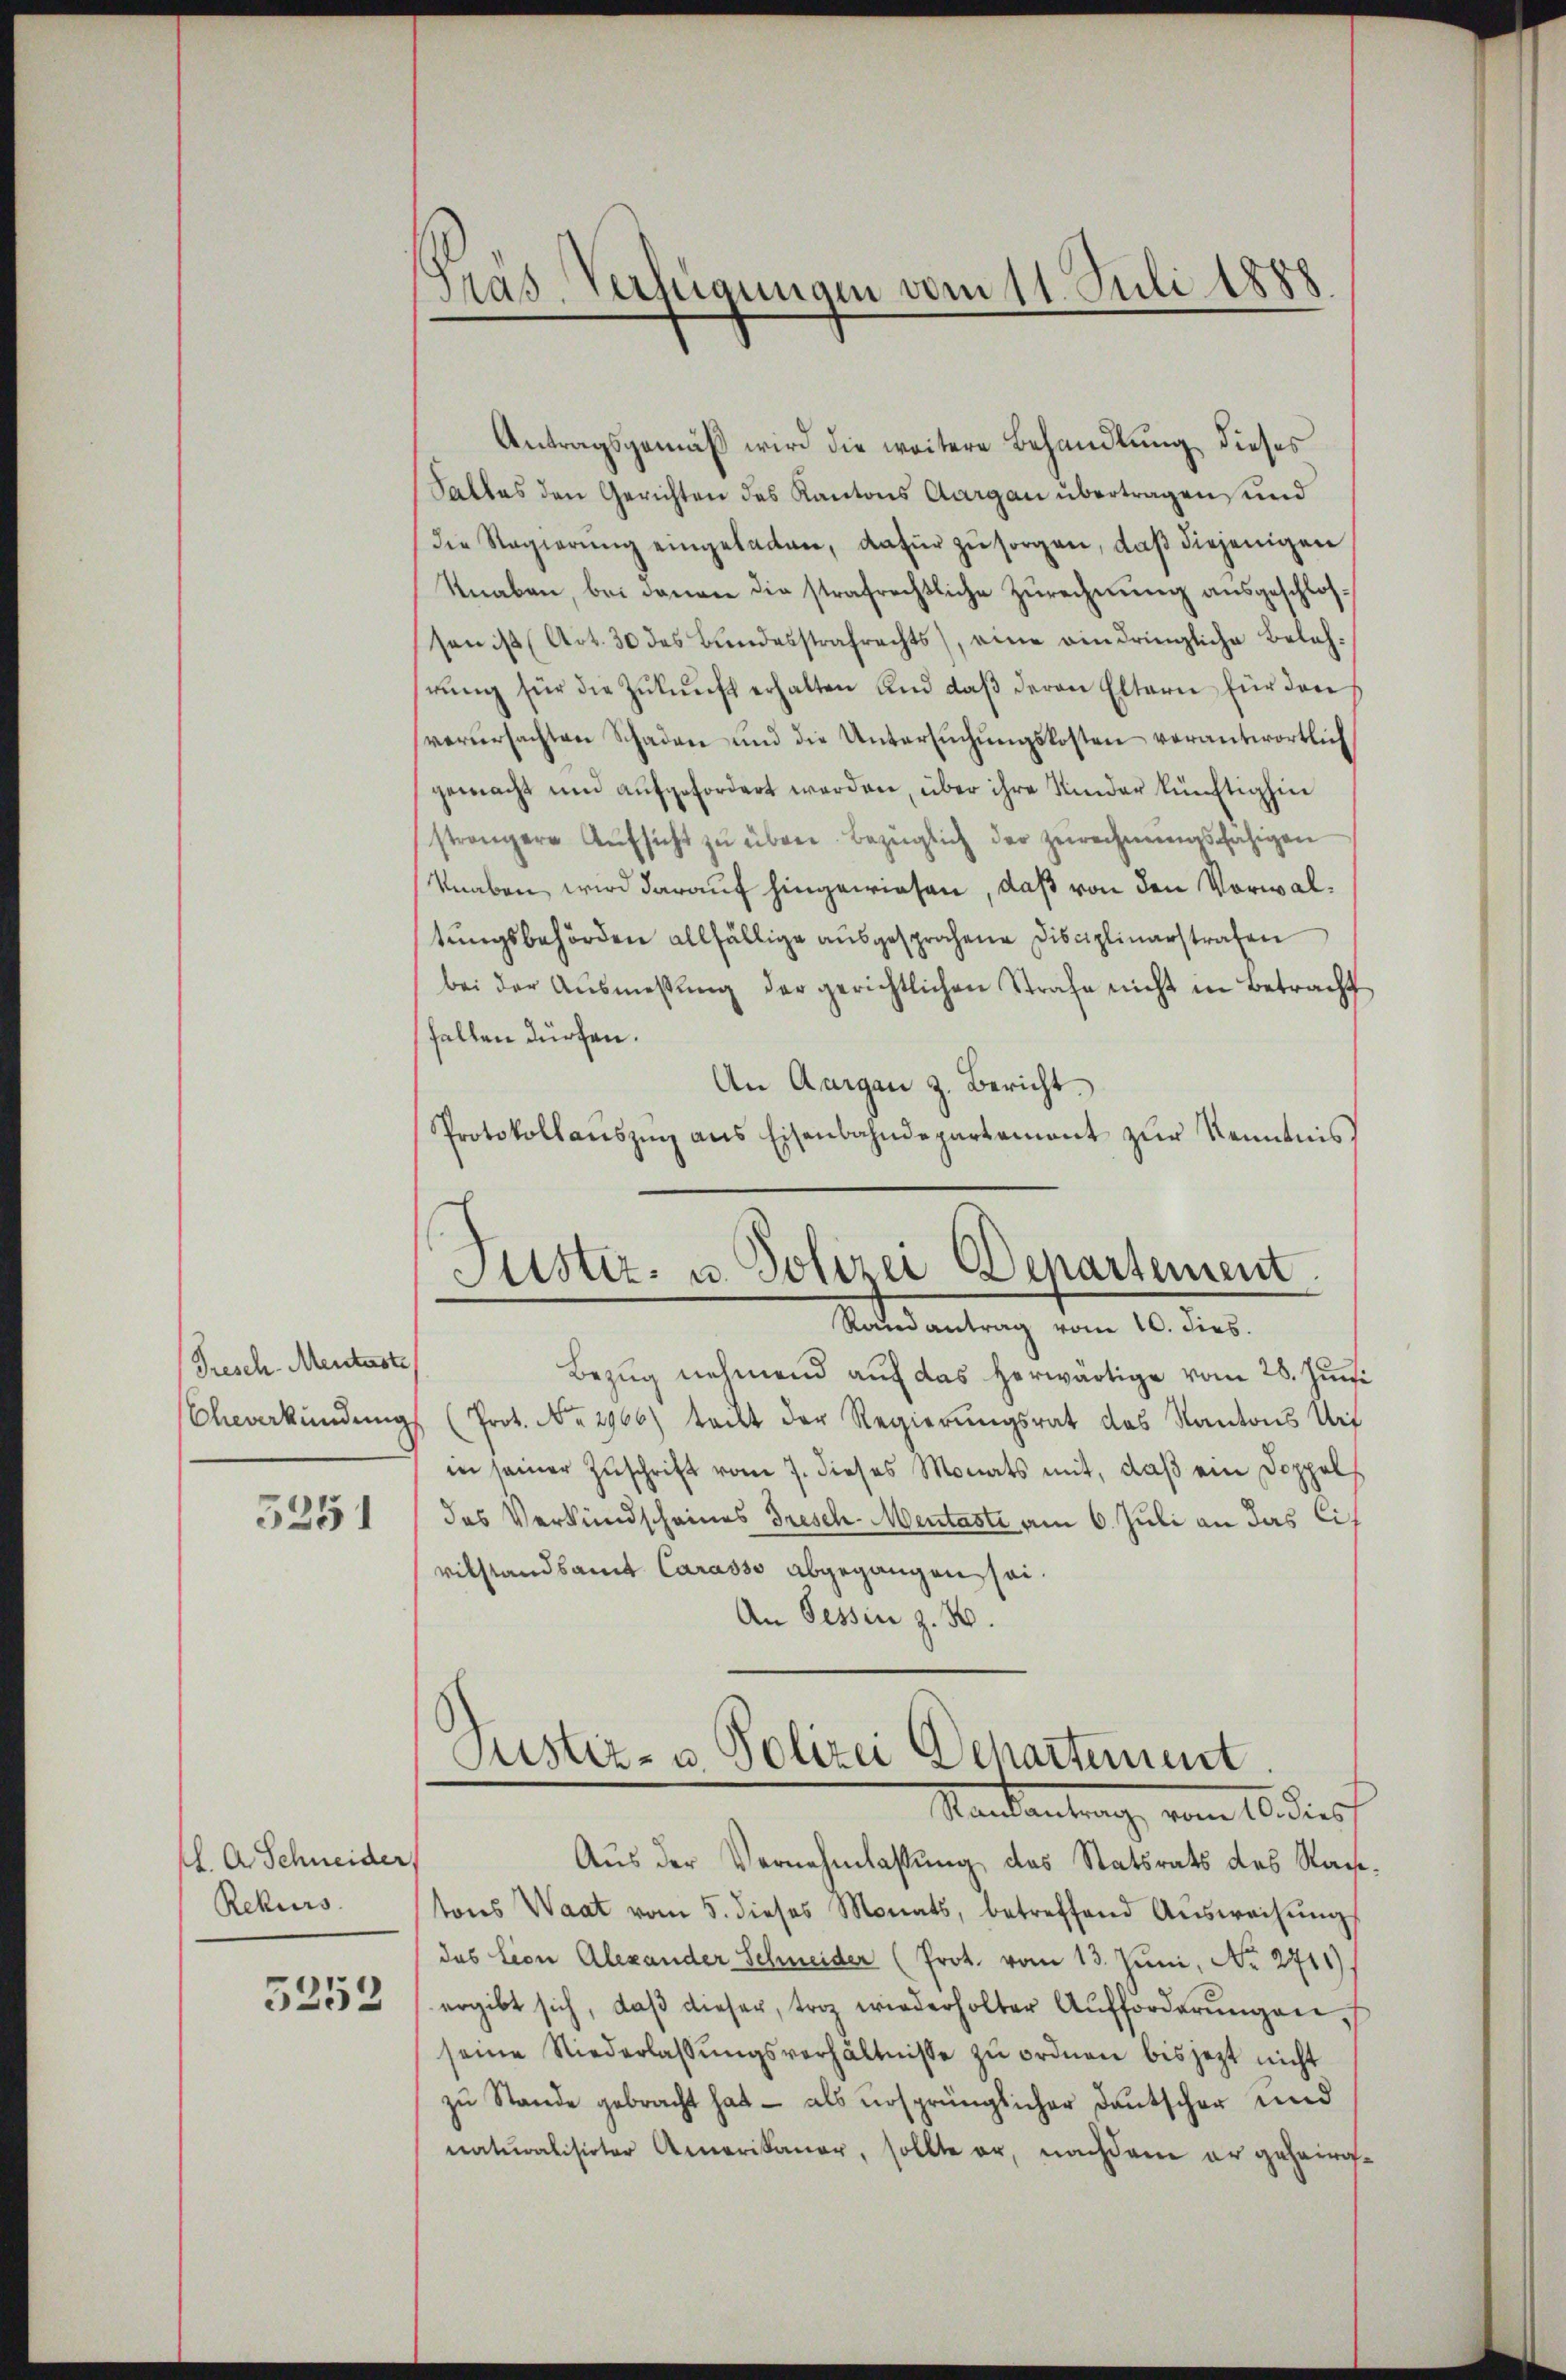
Presch Menteste
Unverkündung
5251

.A Schneider,
Rekurs
5252

Pras. Verfügungen vom 11. Juli 1888.

Antragsgemäß wird die weitere Behandlung dieses
Salles den Gerichten des Kantons Aargau übertragen, und
die Regierung eingeladen, dafür zu sorgen, daß diejenigen
Knaben, bei denen die strafrechtliche Zŭrechnŭng ausgeschlossen ist (Art. 30 des Bundesstrafrechts, eine eindringliche Belehrŭng für die Zŭkŭnft erhalten und daβ deren Eltern für den
verŭrsachten Schaden und die Untersŭchŭngskosten verantwortlich
gemacht und aufgefordert werden, über ihre Kinder künftighin
strengere Aŭfsicht zŭ über Bezüglich der Zŭrechnŭngsfähigen
knaben, wird darauf hingewiesen, daß von den Vorwaltŭngsbehörden allfällige aŭsgesprochene Disciplinarstrafen
bei der Ausmessung der gerichtlichen Strafe nicht in Betracht
fallen dürfen.
An Aargau z. Bericht.
Protokollaŭszŭg ans Eisenbahndepartement zŭr Kenntnis

Justiz- u. Polizei Departement
Randantrag vom 10. dies

Bezug nehmend auf das herwärtige vom 28. Juni
(Prot. No. 2966) teilt der Regierŭngsrat des Kantons Urf
in seiner Zŭschrift vom 7. dieses Monats mit, daβ ein Doppel
das Verkündscheines Dreschentasti am 6. Juli an das Cit
vilstandsamt Carasso abgegangen sei¬
An Tessin z. B.

Justiz- u. Polizei Departement.
Mandantung vom 16 diesf

Aus der Vernehmlassung, das Statsrats des Rach,
tons Waat vom 5. dieses Monats, betreffend Aŭsweisŭng
das Lion Alexander Schneider (Prot. vom 13. Juni, No. 2711)
ergibt sich, daβ dieser, troz wiederholter Aŭfforderŭngen,
seine Niederlassŭngsverhältnisse zŭ ordnen bis jetzt nicht
zŭ Stande gebracht hat – als ursprünglicher Deutscher und
naturalisirter Amerikaner, sollte er, nachdem er geheirg-